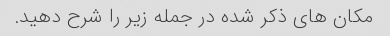
مکان های ذکر شده در جمله زیر را شرح دهید.